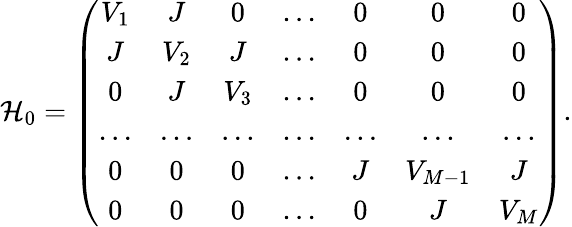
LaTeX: \mathcal{H}_{0}=\left(\begin{array}{ccccccc}{V_{1}}&{J}&{0}&{...}&{0}&{0}&{0}\\ {J}&{V_{2}}&{J}&{...}&{0}&{0}&{0}\\ {0}&{J}&{V_{3}}&{...}&{0}&{0}&{0}\\ {...}&{...}&{...}&{...}&{...}&{...}&{...}\\ {0}&{0}&{0}&{...}&{J}&{V_{M-1}}&{J}\\ {0}&{0}&{0}&{...}&{0}&{J}&{V_{M}}\end{array}\right).